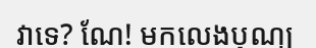
វាទេ? ណែ! មកលេងបុណ្យ